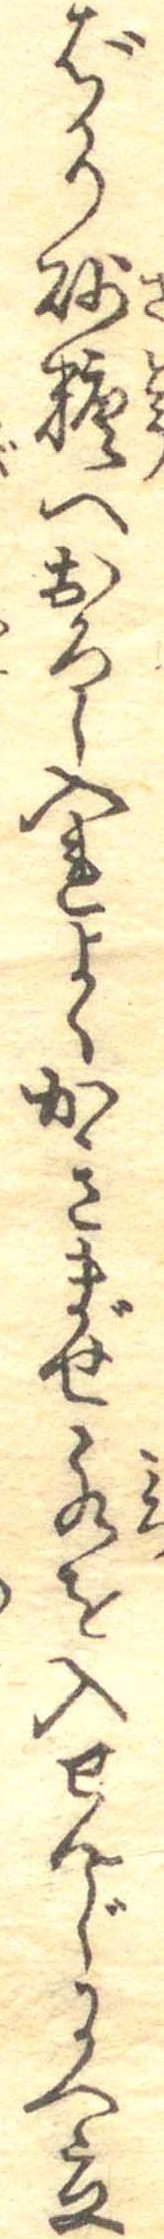
ばかり砂糖へおろし入れよくかきまぜ水を入せんじにへ立